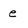
Character: e